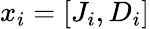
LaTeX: x_{i}=[J_{i},D_{i}]